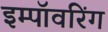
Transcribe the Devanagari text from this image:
इम्पॉवरिंग